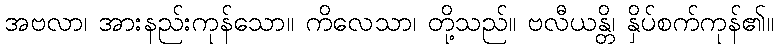
အဗလာ၊ အားနည်းကုန်သော။ ကိလေသာ၊ တို့သည်။ ဗလီယန္တိ၊ နှိပ်စက်ကုန်၏။